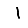
Digit: 1